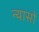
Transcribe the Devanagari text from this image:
न्‍यासों